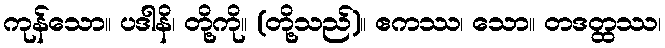
ကုန်သော။ ပဒါနိ၊ တို့ကို။ (တို့သည်)။ ဧကဿ၊ သော။ တဒတ္ထဿ၊